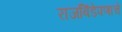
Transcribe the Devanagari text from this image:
राजबिंडेपणाचे